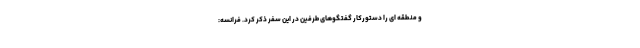
و منطقه ای را دستورکار گفتگوهای طرفین در این سفر ذکر کرد. فرانسه: